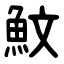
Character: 魰